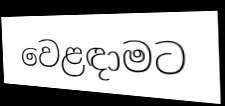
වෙළඳාමට